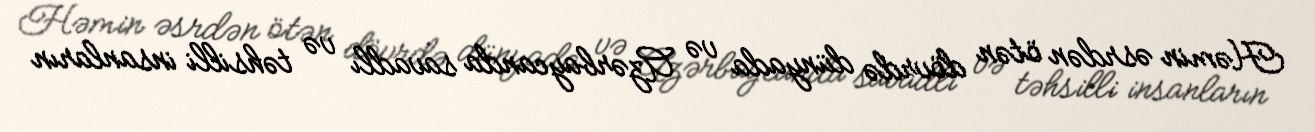
Həmin əsrdən ötən dövrdə dünyada və Azərbaycanda savadlı və təhsilli insanların